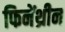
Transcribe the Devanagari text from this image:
फिनेंथ्रीन